Bréfritari: Magnús Magnússon
Viðtakandi: Halldór Jónsson
Dagsetning: A-1877-12-07
Skrifað á: Ketilsstöðum

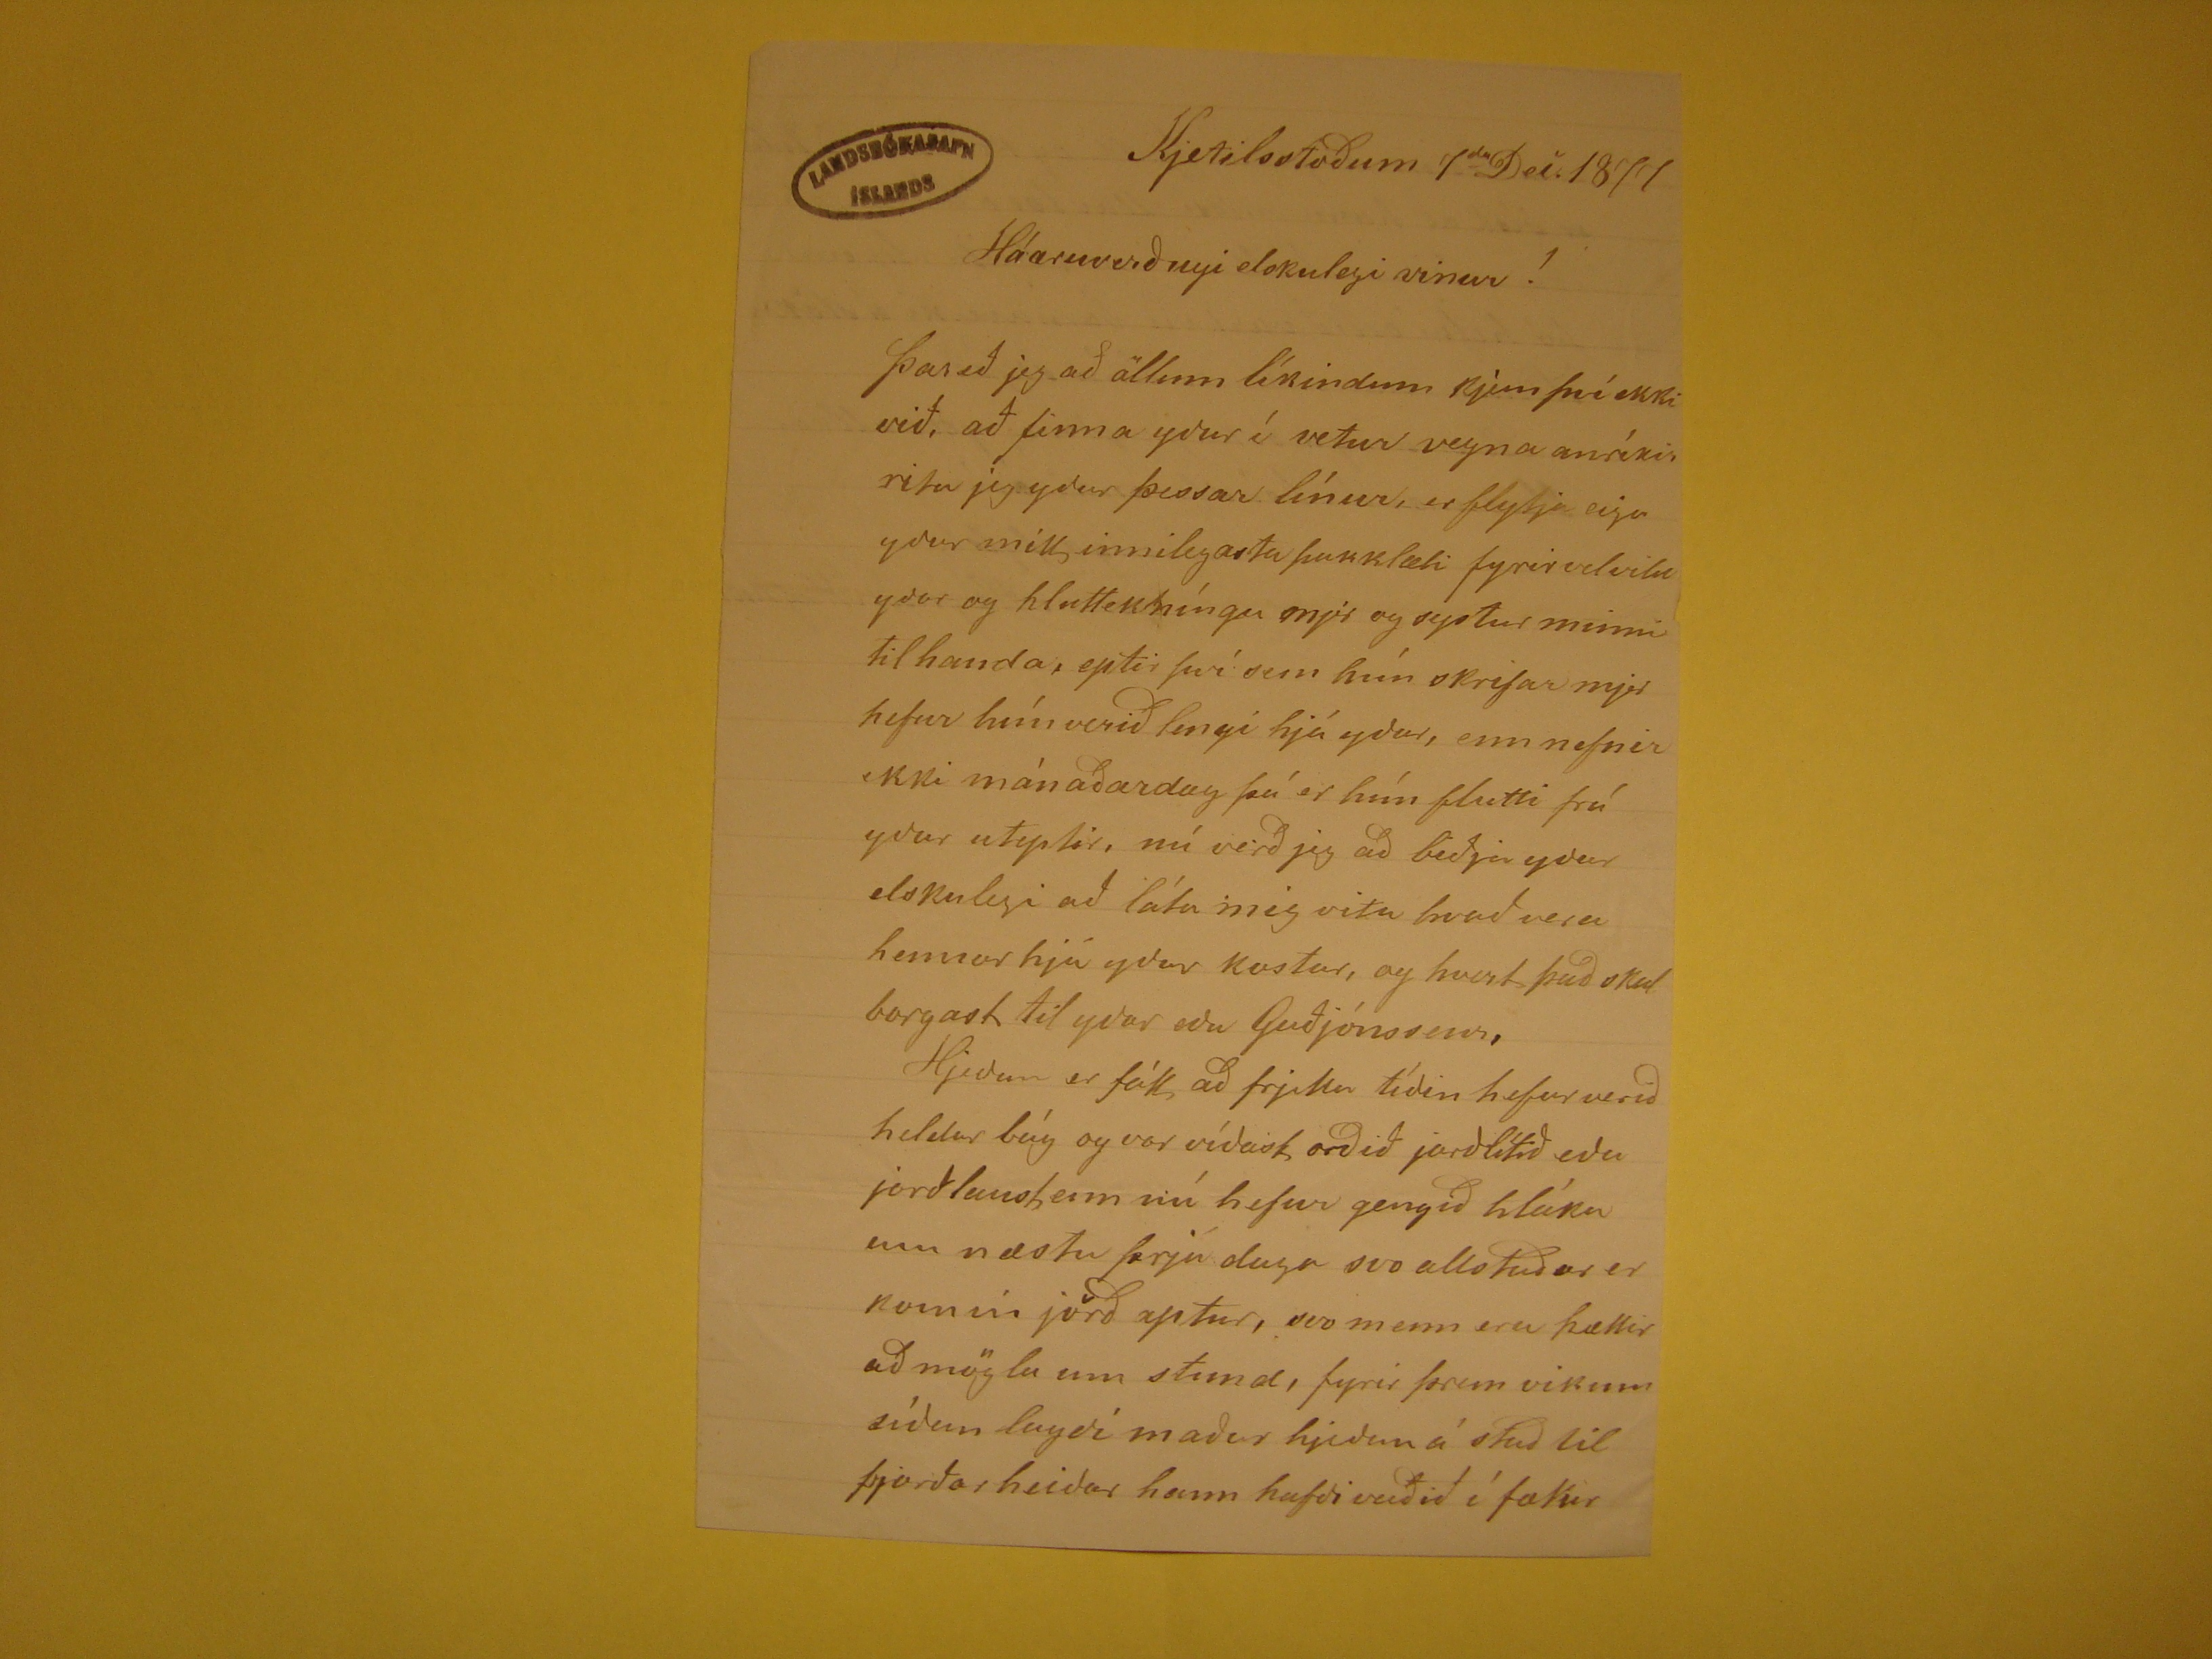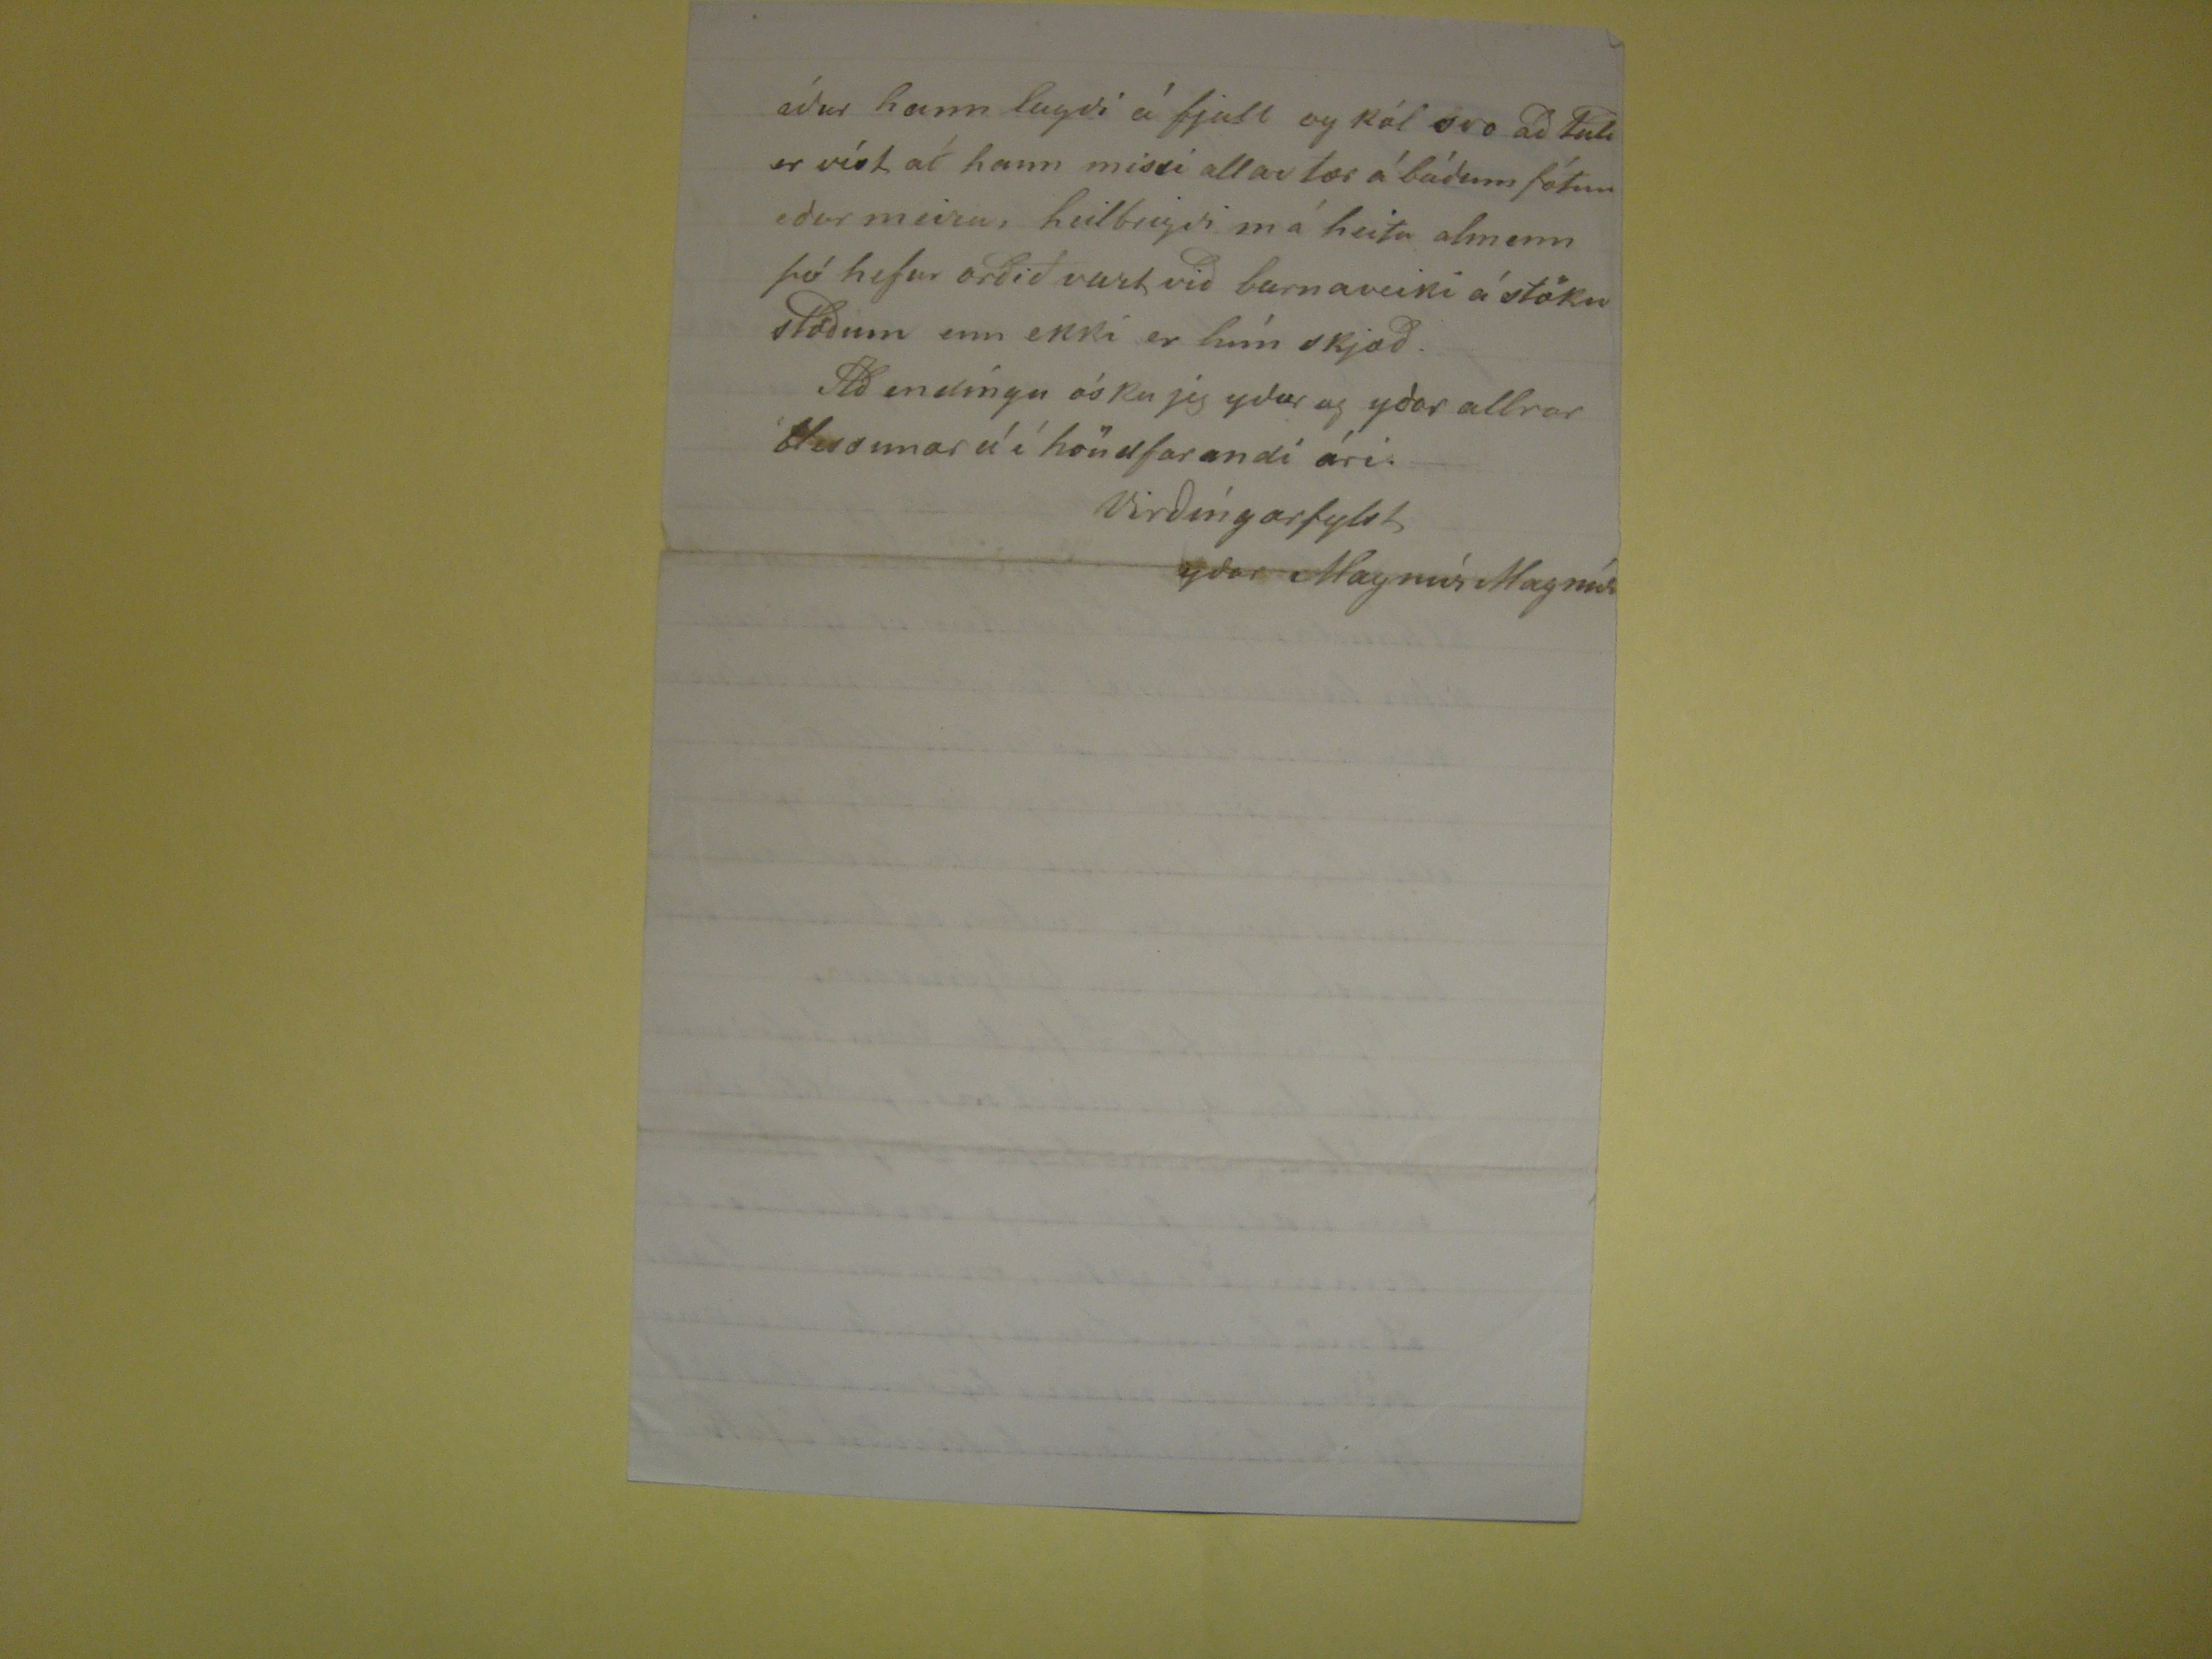

Kjetilsstöðum 7
da
Dec. 1877
Háæruverðugi elskulegi vinur!
Þareð jeg að öllum líkindum kjem því ekki við, að finn ayður í vetur vegna anríkis rita jeg yður þessar línur, er flytja eiga yður mitt innilegasta þakklæti fyrir
velvila yðar og hluttekníngu mjer og systur minni til handa, eptir því sem hún skrifar mjer hefur hún verið lengi hjá yður, enn nefnir ekki mánaðardag þá er hún
flutti frá yður uteptir, nú verð jeg að biðja yður elskulegi að láta mig vita hvað vera hennar hjá yður kostar, og hvurt það skal borgast til yðar eða Guðjónssens,
Hjeðan er fátt að frjetta tíðin hefur verið heldur bág og var víðast orðið jarðlítið eða jorðlaust,enn nú hefur gengið hláka um næstu þrjá daga svo allstaðar er
komin jörð aptur, svo menn eru hættir að mögla um stund, fyrir þrem vikum síðan lagði maður hjeðan á stað til
þjorðarheiðar
hann hafði
vaðið í
fakir
áður hann lagði á fjall og kól svo að talið er víst að hann missi allar tær á báðum fótum eður meira, heilbrigði má heita almenn þó hefur orðið vart við barnaveiki
á stöku stöðum enn ekki er hún skjæð. Að endíngu óska jeg yður og yðar allrar blessunar
á
í höndfarandi ári.
Virðíngarfylst
yðar Magnús Magnús